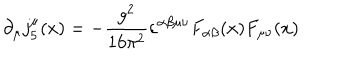
\partial _ { \mu } j _ { 5 } ^ { \mu } ( x ) = - \frac { g ^ { 2 } } { 1 6 \pi ^ { 2 } } \varepsilon ^ { \alpha \beta \mu \nu } F _ { \alpha \beta } ( x ) F _ { \mu \nu } ( x )